Report of the King Institute of Preventive Medicine, Guindy
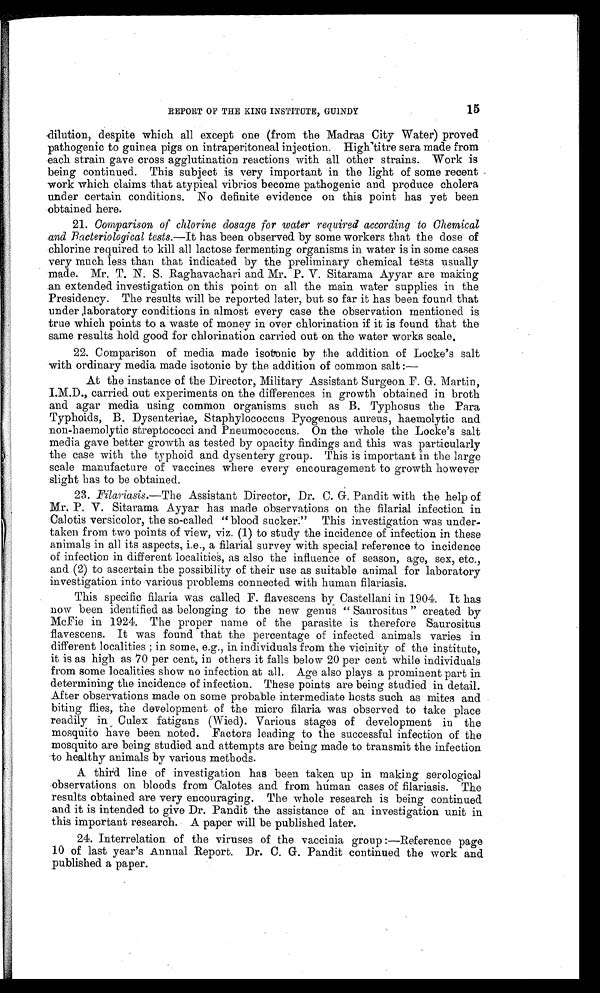
15
REPORT OF THE KING INSTITUTE, GUINDY
dilution, despite which all except one (from the Madras City Water) proved
pathogenic to guinea pigs on intraperitoneal injection. High titre sera made from
each strain gave cross agglutination reactions with all other strains. Work is
being continued. This subject is very important in the light of some recent
work which claims that atypical vibrios become pathogenic and produce cholera
under certain conditions. No definite evidence on this point has yet been
obtained here.
21. Comparison of chlorine dosage for water required according to Chemical
and Bacteriological tests.— It has been observed by some workers that the dose of
chlorine required to kill all lactose fermenting organisms in water is in some cases
very much less than that indicated by the preliminary chemical tests usually
made. Mr. T. N. S. Raghavachari and Mr. P. V. Sitarama Ayyar are making
an extended investigation on this point on all the main water supplies in the
Presidency. The results will be reported later, but so far it has been found that
under laboratory conditions in almost every case the observation mentioned is
true which points to a waste of money in over chlorination if it is found that the
same results hold good for chlorination carried out on the water works scale.
22. Comparison of media made isotonic by the addition of Locke's salt
with ordinary media made isotonic by the addition of common salt :
—
At the instance of the Director, Military Assistant Surgeon F. G. Martin,
I.M.D., carried out experiments on the differences in growth obtained in broth
and agar media using common organisms such as B. Typhosus the Para
Typhoids, B. Dysenteriae, Staphylococcus Pyogenous aureus, haemolytic and
non-haemolytic streptococci and Pneumococcus. On the whole the Locke's salt
media gave better growth as tested by opacity findings and this was particularly
the case with the typhoid and dysentery group. This is important in the large
scale manufacture of vaccines where every encouragement to growth however
slight has to be obtained.
23. Filariasis.—The Assistant Director, Dr. C. G. Pandit with the help of
Mr. P. V. Sitarama Ayyar has made observations on the filarial infection in
Calotis versicolor, the so-called "blood sucker." This investigation was under--
taken from two points of view, viz. (1) to study the incidence of infection in these
animals in all its aspects, i.e., a filarial survey with special reference to incidence
of infection in different localities, as also the influence of season, age, sex, etc.,
and (2) to ascertain the possibility of their use as suitable animal for laboratory
investigation into various problems connected with human filariasis.
This specific filaria was called F. flavescens by Castellani in 1904. It has
now been identified as belonging to the new genus " Saurositus " created by
McFie in 1924. The proper name of the parasite is therefore Saurositus
flavescens. It was found that the percentage of infected animals varies in
different localities ; in some, e.g., in individuals from the vicinity of the institute,
it is as high as 70 per cent, in others it falls below 20 per cent while individuals
from some localities show no infection at all. Age also plays a prominent part in
determining the incidence of infection. These points are being studied in detail.
After observations made on some probable intermediate hosts such as mites and
biting flies, the development of the micro filaria was observed to take place
readily in Culex fatigans (Wied). Various stages of development in the
mosquito have been noted. Factors leading to the successful infection of the
mosquito are being studied and attempts are being made to transmit the infection
to healthy animals by various methods.
A third line of investigation has been taken up in making serological
observations on bloods from Calotes and from human cases of filariasis. The
results obtained are very encouraging. The whole research is being continued
and it is intended to give Dr. Pandit the assistance of an investigation unit in
this important research. A paper will be published later.
24. Interrelation of the viruses of the vaccinia group :—Reference page
10 of last year's Annual Report. Dr. C. G. Pandit continued the work and
published a paper.